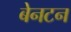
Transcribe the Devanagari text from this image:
बेनटन